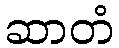
ဆာတံ